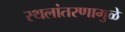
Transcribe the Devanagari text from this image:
स्थलांतरणामुळे